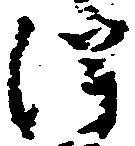
得